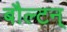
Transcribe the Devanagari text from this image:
बौल्‍टन्‌